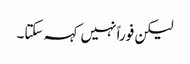
لیکن فوراً نہیں کہہ سکتا۔